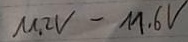
Text: 11,2V-11,6LED